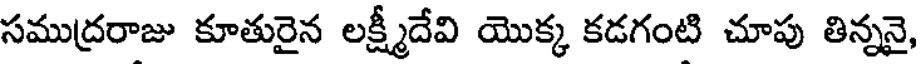
సముద్రరాజు కూతురైన లక్ష్మీదేవి యొక్క కడగంటి చూపు తిన్ననై,